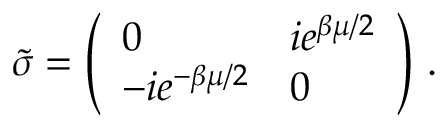
\tilde { \sigma } = \left( \begin{array} { l l } { { 0 } } & { { i e ^ { \beta \mu / 2 } } } \\ { { - i e ^ { - \beta \mu / 2 } } } & { { 0 } } \end{array} \right) \, .